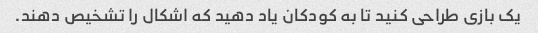
یک بازی طراحی کنید تا به کودکان یاد دهید که اشکال را تشخیص دهند.